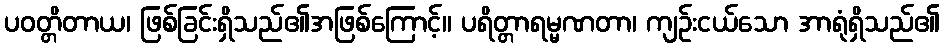
ပဝတ္တိတာယ၊ ဖြစ်ခြင်းရှိသည်၏အဖြစ်ကြောင့်။ ပရိတ္တာရမ္မဏတာ၊ ကျဉ်းငယ်သော အာရုံရှိသည်၏